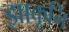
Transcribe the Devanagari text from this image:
झाकूनि